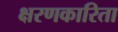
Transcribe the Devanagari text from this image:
क्षरणकारिता